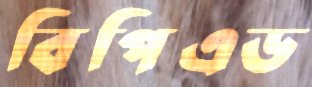
বিপিএড